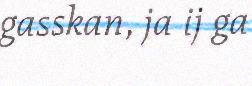
gasskan, ja ij ga